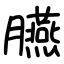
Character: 臙